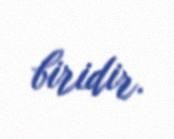
biridir.